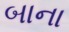
બાના